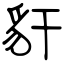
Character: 豻